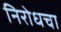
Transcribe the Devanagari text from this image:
निरोधचा